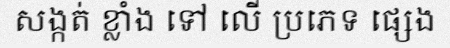
សង្កត់ ខ្លាំង ទៅ លើ ប្រភេទ ផ្សេង